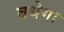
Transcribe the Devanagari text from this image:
बधेगा